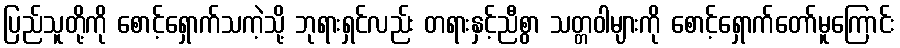
ပြည်သူတို့ကို စောင့်ရှောက်သကဲ့သို့ ဘုရားရှင်လည်း တရားနှင့်ညီစွာ သတ္တဝါများကို စောင့်ရှောက်တော်မူကြောင်း